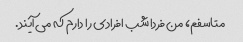
متاسفم، من فردا شب افرادی را دارم که می آیند.